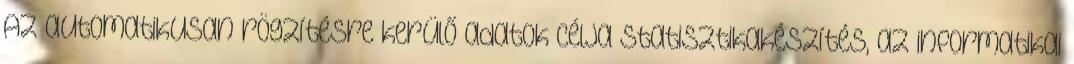
Az automatikusan rögzítésre kerülő adatok célja statisztikakészítés, az informatikai